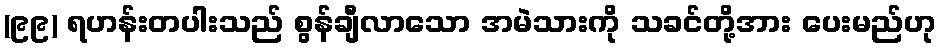
(၉၉) ရဟန်းတပါးသည် စွန်ချီလာသော အမဲသားကို သခင်တို့အား ပေးမည်ဟု